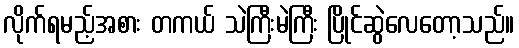
လိုက်ရမည့်အစား တကယ် သဲကြီးမဲကြီး ပြိုင်ဆွဲလေတော့သည်။